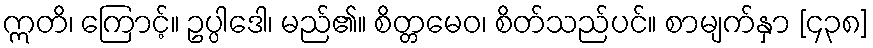
ဣတိ၊ ကြောင့်။ ဥပ္ပါဒေါ၊ မည်၏။ စိတ္တမေဝ၊ စိတ်သည်ပင်။ စာမျက်နှာ [၄၃၈]